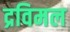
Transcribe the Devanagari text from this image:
द्रविमल